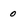
Character: 0